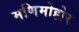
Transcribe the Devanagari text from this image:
मणिमोहोर